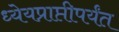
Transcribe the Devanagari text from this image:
ध्येयप्राप्तीपर्यंत